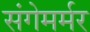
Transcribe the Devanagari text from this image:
संगेमर्मर